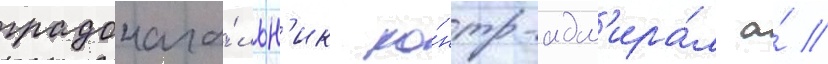
градонача́льн'ик ко́нтр-адм'ира́л а́ //